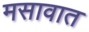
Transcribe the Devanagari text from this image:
मसावात